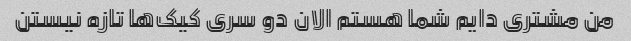
من مشتری دایم شما هستم الان دو سری کیک‌ها تازه نیستن